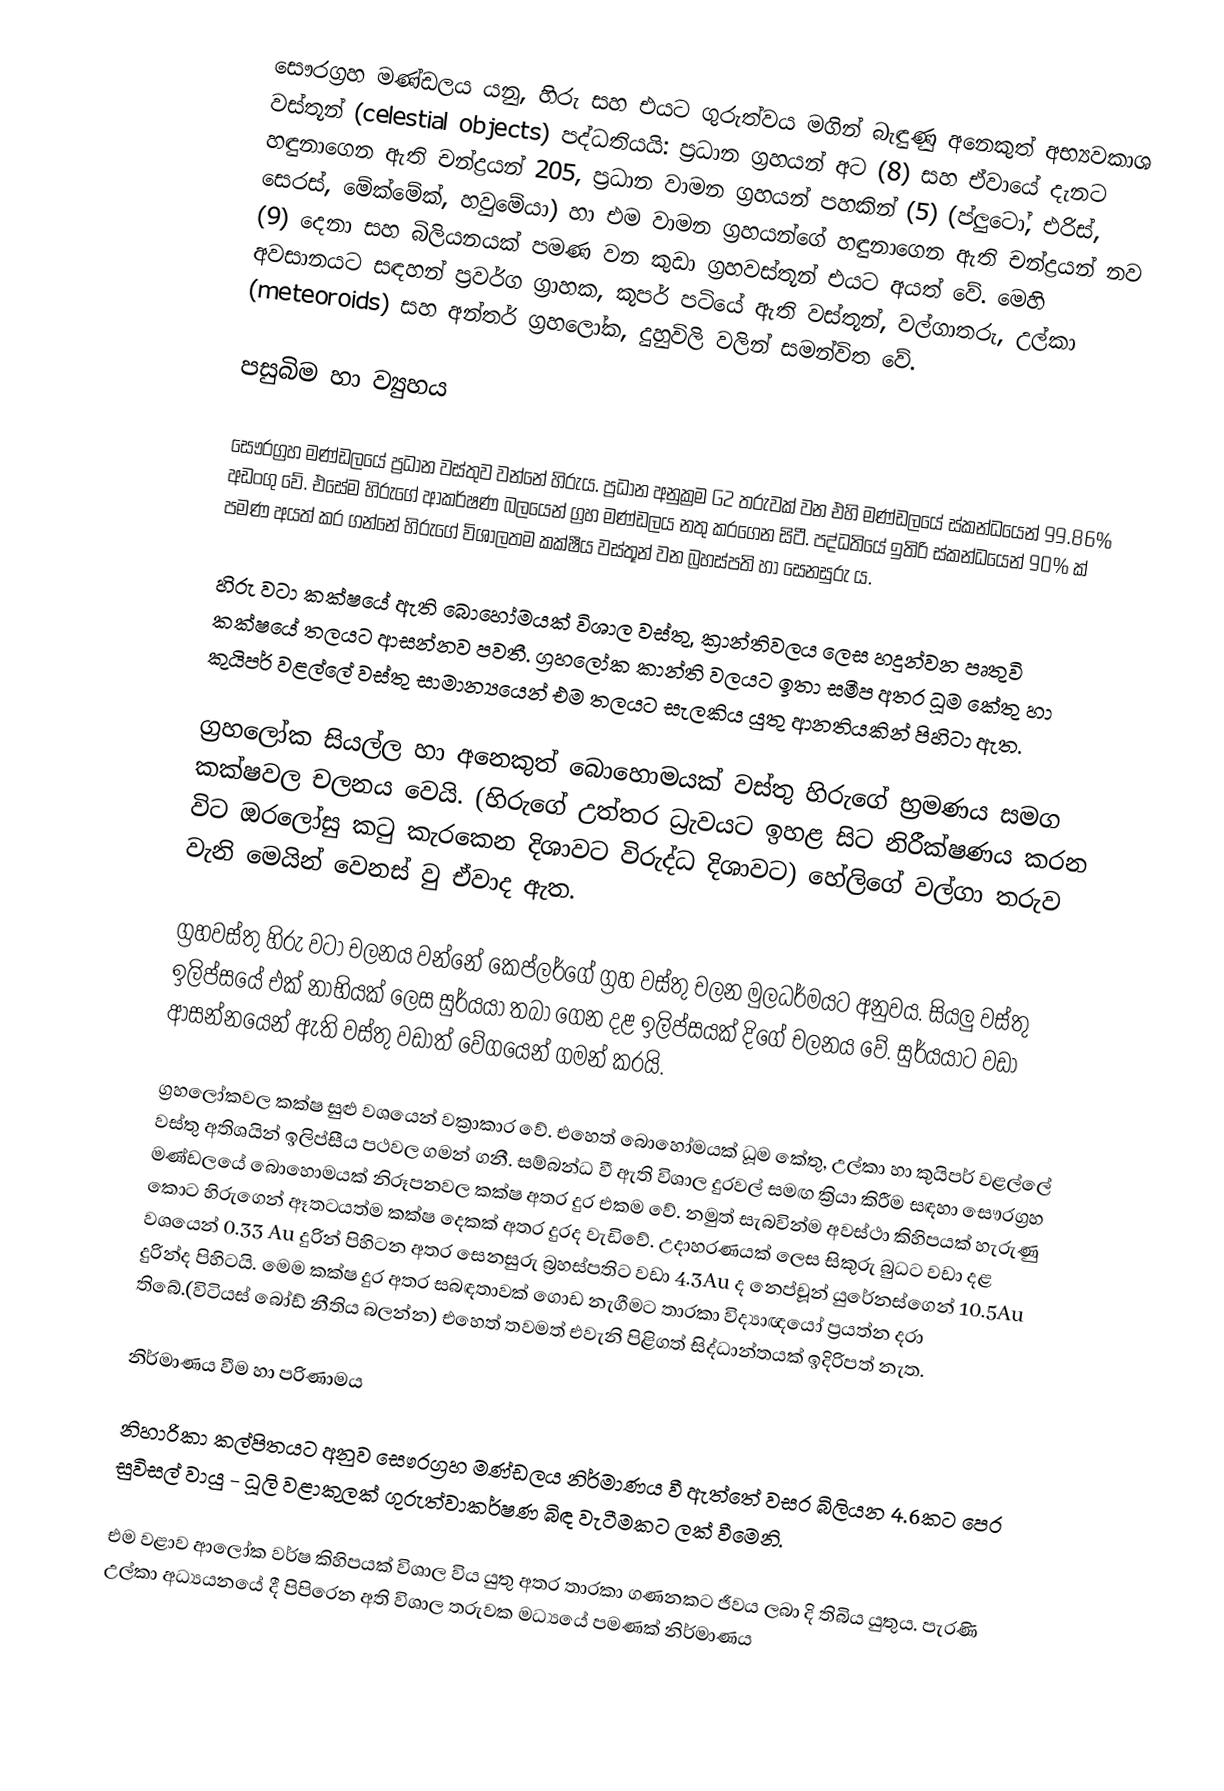
සෞරග්‍රහ මණ්ඩලය යනු, හිරු සහ එයට ගුරුත්වය මගින් බැඳුණු අනෙකුත් අභ්‍යවකාශ වස්තූන් (celestial objects) පද්ධතියයි: ප්‍රධාන ග්‍රහයන් අට (8) සහ ඒවායේ දැනට හඳුනාගෙන ඇති චන්ද්‍රයන් 205, ප්‍රධාන වාමන ග්‍රහයන් පහකින් (5) (ප්ලුටෝ, එරිස්, සෙරස්, මේක්මේක්, හවුමේයා) හා එම වාමන ග්‍රහයන්ගේ හඳුනාගෙන ඇති චන්ද්‍රයන් නව (9) දෙනා සහ බිලියනයක් පමණ වන කුඩා ග්‍රහවස්තූන් එයට අයත් වේ. මෙහි අවසානයට සඳහන් ප්‍රවර්ග ග්‍රාහක, කූපර් පටියේ ඇති වස්තූන්, වල්ගාතරු, උල්කා (meteoroids) සහ අන්තර් ග්‍රහලෝක, දුහුවිලි වලින් සමන්විත වේ.

පසුබිම හා ව්‍යුහය

සෞරග්‍රහ මණ්ඩලයේ ප්‍රධාන වස්තුව වන්නේ හිරුය. ප්‍රධාන අනුක්‍රම G2 තරුවක් වන එහි මණ්ඩලයේ ස්කන්ධයෙන් 99.86% අඩංගු වේ. එසේම හිරුගේ ආකර්ෂණ බලයෙන් ග්‍රහ මණ්ඩලය නතු කරගෙන සිටී. පද්ධතියේ ඉතිරි ස්කන්ධයෙන් 90% ක් පමණ අයත් කර ගන්නේ හිරුගේ විශාලතම කක්ෂීය වස්තූන් වන බ්‍රහස්පති හා සෙනසුරු ය.

හිරු වටා කක්ෂයේ ඇති බොහෝමයක් විශාල වස්තු, ක්‍රාන්තිවලය ලෙස හදුන්වන පෘතුවි කක්ෂයේ තලයට ආසන්නව පවතී. ග්‍රහලෝක කාන්ති වලයට ඉතා සමීප අතර ධූම කේතු හා කුයිපර් වළල්ලේ වස්තු සාමාන්‍යයෙන් එම තලයට සැලකිය යුතු ආනතියකින් පිහිටා ඇත.

ග්‍රහලෝක සියල්ල හා අනෙකුත් බොහොමයක් වස්තු හිරුගේ භ්‍රමණය සමග කක්ෂවල චලනය වෙයි. (හිරුගේ උත්තර ධ්‍රැවයට ඉහළ සිට නිරීක්ෂණය කරන විට ඔරලෝසු කටු කැරකෙන දිශාවට විරුද්ධ දිශාවට) හේලිගේ වල්ගා තරුව වැනි මෙයින් වෙනස් වු ඒවාද ඇත.

ග්‍රහවස්තු හිරු වටා චලනය වන්නේ කෙප්ලර්ගේ ග්‍රහ වස්තු චලන මුලධර්මයට අනුවය. සියලු වස්තු ඉලිප්සයේ එක් නාභියක් ලෙස සුර්යයා තබා ගෙන දළ ඉලිප්සයක් දිගේ චලනය වේ. සුර්යයාට වඩා ආසන්නයෙන් ඇති වස්තු වඩාත් වේගයෙන් ගමන් කරයි.

ග්‍රහලෝකවල කක්ෂ සුළු වශයෙන් වක්‍රාකාර වේ. එහෙත් බොහෝමයක් ධූම කේතු, උල්කා හා කුයිපර් වළල්ලේ වස්තු අතිශයින් ඉලිප්සීය පථවල ගමන් ගනී. සම්බන්ධ වී ඇති විශාල දුරවල් සමඟ ක්‍රියා කිරීම සඳහා සෞරග්‍රහ මණ්ඩලයේ බොහොමයක් නිරූපනවල කක්ෂ අතර දුර එකම වේ. නමුත් සැබවින්ම අවස්ථා කිහිපයක් හැරුණු කොට හිරුගෙන් ඈතටයත්ම කක්ෂ දෙකක් අතර දුරද වැඩිවේ. උදාහරණයක් ලෙස සිකුරු බුධට වඩා දළ වශයෙන් 0.33 Au දුරින් පිහිටන අතර සෙනසුරු බ්‍රහස්පතිට වඩා 4.3Au ද නෙප්චූන් යුරේනස්ගෙන් 10.5Au දුරින්ද පිහිටයි. මෙම කක්ෂ දුර අතර සබඳතාවක් ගොඩ නැගීමට තාරකා විද්‍යාඥයෝ ප්‍රයත්න දරා තිබේ.(විටියස් බෝඩ් නීතිය බලන්න) එහෙත් තවමත් එවැනි පිළිගත් සිද්ධාන්තයක් ඉදිරිපත් නැත.

නිර්මාණය වීම හා පරිණාමය

නිහාරිකා කල්පිතයට අනුව සෞරග්‍රහ මණ්ඩලය නිර්මාණය වී ඇත්තේ වසර බිලියන 4.6කට පෙර සුවිසල් වායු - ධූලි වළාකුලක් ගුරුත්වාකර්ෂණ බිඳ වැටීමකට ලක් වීමෙනි.

එම වළාව ආලෝක වර්ෂ කිහිපයක් විශාල විය යුතු අතර තාරකා ගණනකට ජීවය ලබා දි තිබිය යුතුය. පැරණි උල්කා අධ්‍යයනයේ දී පිපිරෙන අති විශාල තරුවක මධ්‍යයේ පමණක් නිර්මාණය